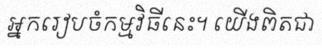
អ្នករៀបចំកម្មវិធីនេះ។ យើងពិតជា